Lunatic asylums Madras 1892-1911 - 1892-1911
Year: 1892
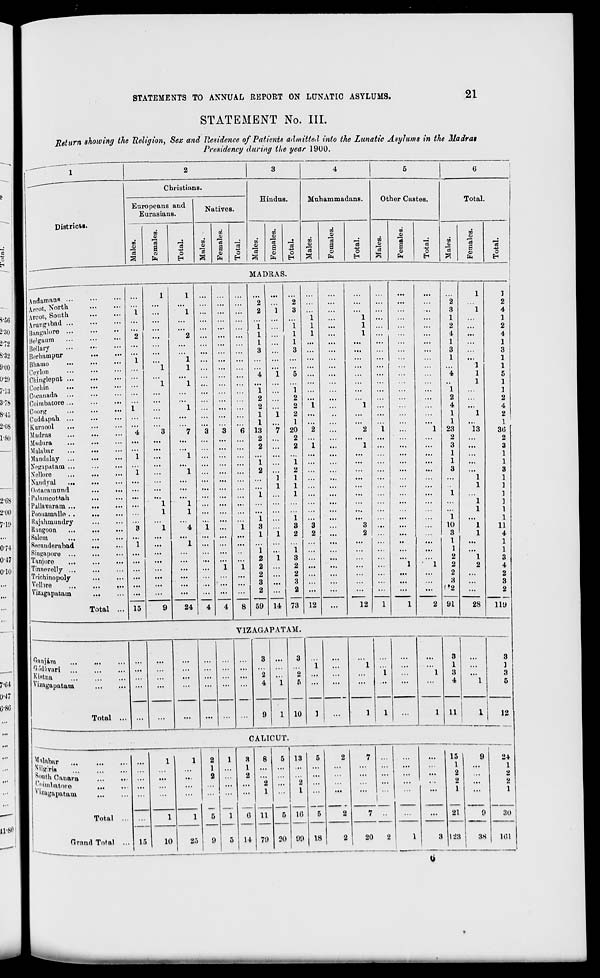
STATEMENTS TO ANNUAL REPORT ON LUNATIC ASYLUMS.
21
STATEMENT No. III.
Return showing the Religion, Sex and Pasidence of Patients admitted, into the Lunatic Asylums in the Madras
Presidency during the year 1900.
Districts
Andamans ...
Arcot, North
Arcot, South
Arunjribad ...
Bangalore ...
Bellary
Ikrliauipur
Bhaiuo
Ceylon
Cliinglepat ...
Cochin
Coeanada
Cnimbatore ...
Coorg
Cuddapah ...
Kurnnol
Madras
.Madura
Malabar
Maiulalay ...
Negapatatn ...
X el lure
Nandyal
...
Ontaoatntmd
Palamootfcah
Pallavaram ...
Poonamalle . .
Rajahmuudry
ttungoon
Saleui
Seeunderahad
Singapore ...
Tanjore
Tinnovelly ...
Triehinopoly
Velbre
Viaagapatano
''an.jam
'rklivari
Kinfcna
izagapatam
Christians.
Europeans aud
Eurasians.
IK
a «
EM
o
Natives.
so
0)
;r.
0>
"{3
a
01
Hindus.
Muhammadans.
.
rf
o
0>
"S
w
"3
s
9
3
O
n
a
&H
En
s ft
■4-"
o
H
Other Castes.
e3
m
o
73
S
O)
fa
b
E-i
MADRAS.
Total ..
1
1
...
...
2
i
...
1
2
i
2
"2
1
1
3
I
"l
...
4
...
"l
...
...
2
i
...
...
2
1
1
4
3
*3
3
6 13
...
...
...
...
...
...
2
2
i ...
...
"i
i ...
...
...
...
2
...
...
...
...
...
...
...
*"l
1
...
...
...
...
i
i
3
1
'"4
1
i 3
1
1
1
1
...
...
...
...
i i
2
2
• ■>
...
...
2
3
...
...
...
...
...
...
2
15
9
24
4
4
8 59 14
2
...
...
...
3
i
1
1
1
1
1
1
1
1
3
...
...
5
...
...
...
1
2
2
1
1
2 ...
1
20
2
2
2
2
1
...
1
...
...
...
1
2
1
1
1
...
1
...
•..
3
3
3
2
2
...
2
1
3
....
2 ...
2 ...
...
...
9
2 ...
...
...
73 12
...
12
05
1
2
4
1
1
23
2
3
1
1
3
10
3
1
...
1
2
1
2
2
3
...
!»2
2 91
VIZAGAPATAM.
Total
10
Total.
11
m
o
S
03
fa
1
13
28
o
H
1
2
4
1
2
4
1
3
1
1
5
1
1
2
4
2
1
30
2
3
1
1
3
1
1
1
1
1
1
11
4
1
1
3
4
2
3
2
119
CALICUT.
Malabar
1
^''tfiris
...
JnuthOimara
Cotwbatove
"taftgapatam
r 1 2
1
2
1
3
1
2
...
8
0
1
5 13
2
1
|<
2
7
'
...
...
15 '
1
2
2
1
_
9
Total ...
1
1
5
1
0 11
5 16
5
2
7 ..
...
21
9
Grand Total ... 15
25
9
5
14 79 20 99 18
2
20
2
1
t
3 123
88
1
8
1
a
5
12
2+
1
2
2
1
30
161